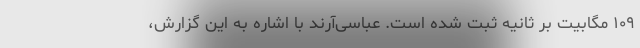
۱۰۹ مگابیت بر ثانیه ثبت شده است. عباسی‌آرند با اشاره به این گزارش،